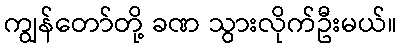
ကျွန်တော်တို့ ခဏ သွားလိုက်ဦးမယ်။